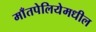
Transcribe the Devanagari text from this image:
माँतपेलियेमधील